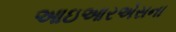
આઇઆરએસના